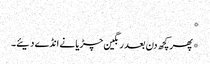
*
*پھر کچھ دن بعد رنگین چڑیا نے انڈے دیئے۔